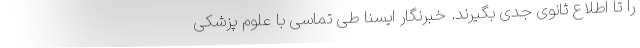
را تا اطلاع ثانوی جدی بگیرند. خبرنگار ایسنا طی تماسی با علوم پزشکی